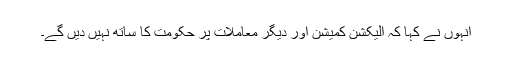
انہوں نے کہا کہ الیکشن کمیشن اور دیگر معاملات پر حکومت کا ساتھ نہیں دیں گے۔